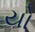
યો